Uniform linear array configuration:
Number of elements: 12
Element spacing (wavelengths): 0.5
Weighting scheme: uniform
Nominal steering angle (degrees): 15
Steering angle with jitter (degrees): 14.776
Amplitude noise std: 0.05
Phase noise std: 0.05

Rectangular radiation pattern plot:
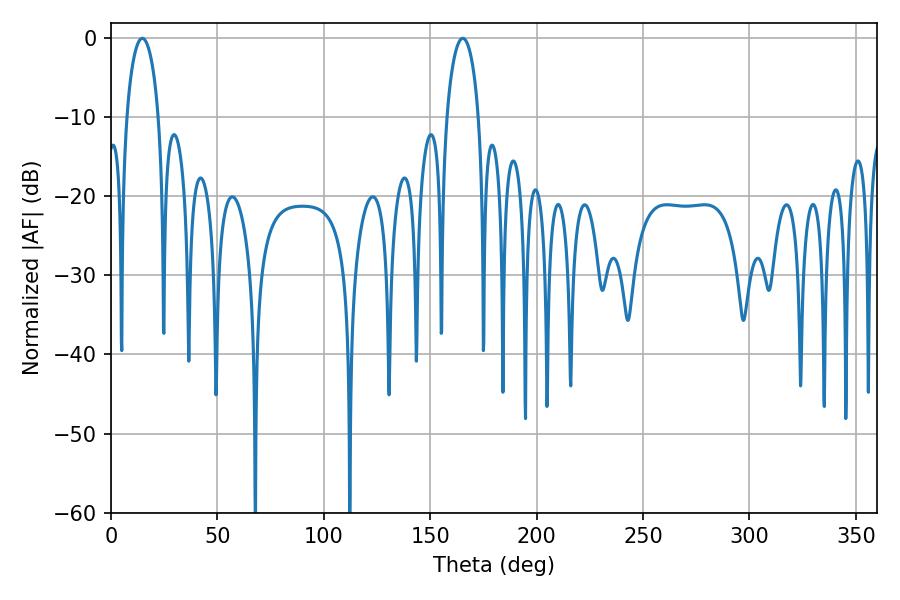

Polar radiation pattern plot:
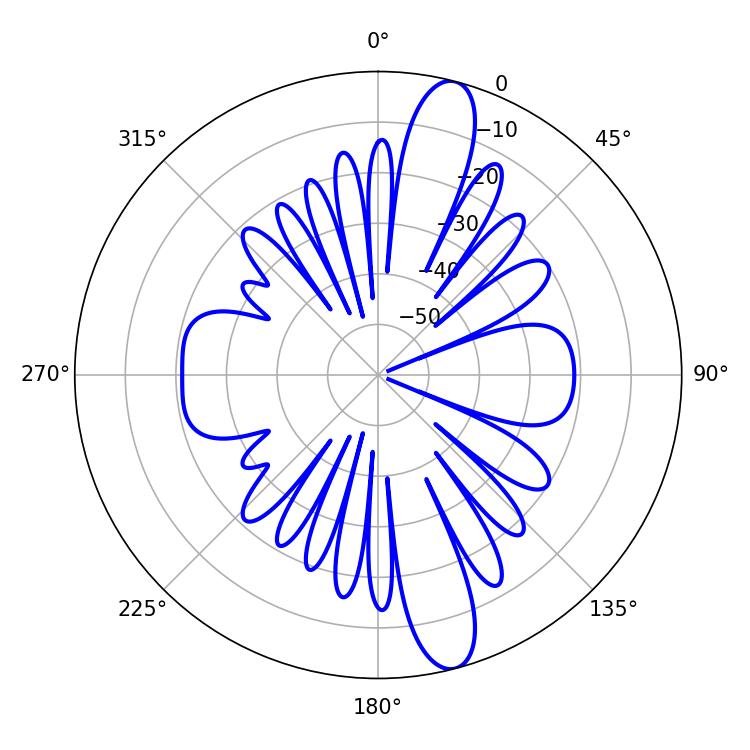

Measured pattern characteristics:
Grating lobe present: FALSE
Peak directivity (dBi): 13.704
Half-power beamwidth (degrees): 8.64
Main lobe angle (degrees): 14.76